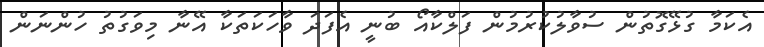
އެކަމާ ގުޅޭގޮތުން ސުވާލުކުރުމުން ފަލްކާއޯ ބުނީ އެފަދަ ވާހަކަތަކާ އޭނާ މިވަގުތު ހުންނަން